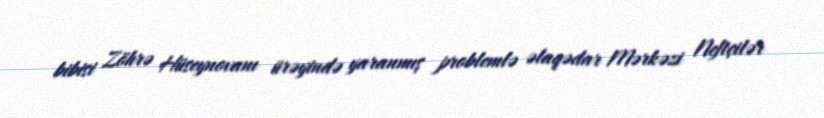
bibisi Zöhrə Hüseynovanı ürəyində yaranmış problemlə əlaqədar Mərkəzi Neftçilər